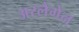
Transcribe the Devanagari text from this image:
अरलैंगेन